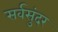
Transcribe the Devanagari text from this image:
सर्वसुंदर